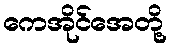
ကေအိုင်အေတို့